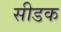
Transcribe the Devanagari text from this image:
सीडक